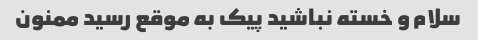
سلام و خسته نباشید پیک به موقع رسید ممنون